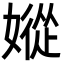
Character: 㜡